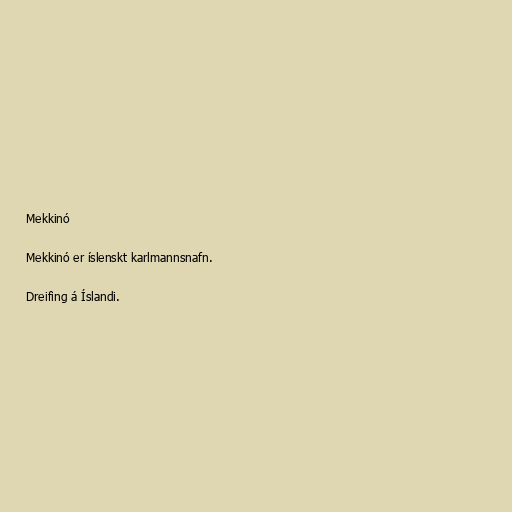
Mekkinó

Mekkinó er íslenskt karlmannsnafn.

Dreifing á Íslandi.